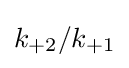
k_{+2}/k_{+1}